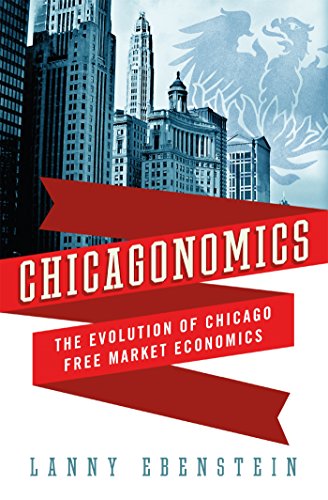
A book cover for Chicagonomics: The Evolution of Chicago Free Market Economics; Lanny Ebenstein; Business & Money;